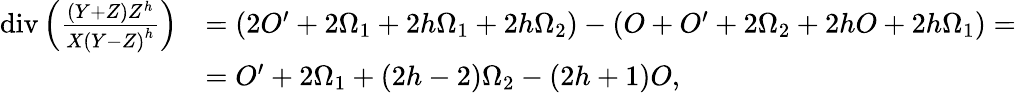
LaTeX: \begin{array}{rl}{\operatorname{div}\left(\frac{(Y+Z)Z^{h}}{X{(Y-Z)}^{h}}\right)}&{=(2O^{\prime}+2\Omega_{1}+2h\Omega_{1}+2h\Omega_{2})-(O+O^{\prime}+2\Omega_{2}+2hO+2h\Omega_{1})=}\\ &{=O^{\prime}+2\Omega_{1}+(2h-2)\Omega_{2}-(2h+1)O,}\end{array}